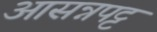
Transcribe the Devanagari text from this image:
आसन्नपट्ट